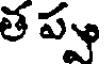
త ప్వ